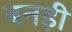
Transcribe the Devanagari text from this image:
बनड़ी